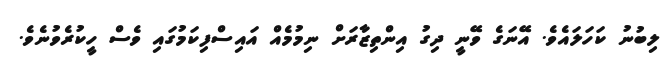
ލިބުނު ކަހަލައެވެ. އޭނަގެ ވޭނީ ދިގު އިންތިޒާރަށް ނިމުމެއް އައިސްފިކަމުގައި ވެސް ހީކުރެވުނެވެ.